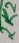
Text: 2K2